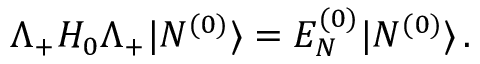
\Lambda _ { + } H _ { 0 } \Lambda _ { + } | N ^ { ( 0 ) } \rangle = E _ { N } ^ { ( 0 ) } | N ^ { ( 0 ) } \rangle \, .